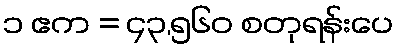
၁ ဧက = ၄၃,၅၆၀ စတုရန်းပေ